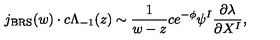
j _ { \mathrm { B R S } } ( w ) \cdot c \Lambda _ { - 1 } ( z ) \sim \frac { 1 } { w - z } c e ^ { - \phi } \psi ^ { I } \frac { \partial \lambda } { \partial X ^ { I } } ,